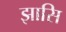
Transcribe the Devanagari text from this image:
झासि